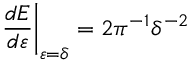
\left. \frac { d { E } } { d { \varepsilon } } \right| _ { \varepsilon = \delta } = 2 \pi ^ { - 1 } \delta ^ { - 2 }